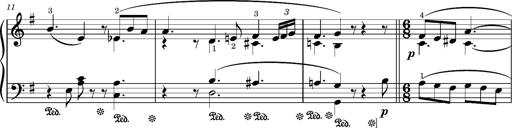
Title: Romance oubliÃ©e
Composer: Franz Liszt